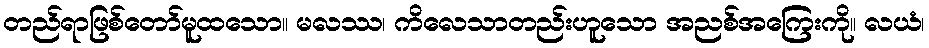
တည်ရာဖြစ်တော်မူထသော။ မလဿ၊ ကိလေသာတည်းဟူသော အညစ်အကြေးကို။ လယံ၊